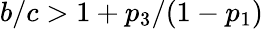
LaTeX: b/c>1+p_{3}/(1-p_{1})